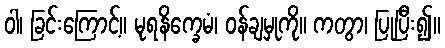
ဝါ၊ ခြင်းကြောင့်။ မုရနိက္ခေမံ၊ ဝန်ချမှုကို။ ကတွာ၊ ပြုပြီး၍။